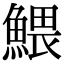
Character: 鰃